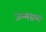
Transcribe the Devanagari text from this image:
जन्मग्रामी